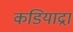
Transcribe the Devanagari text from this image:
कडियाद्रा